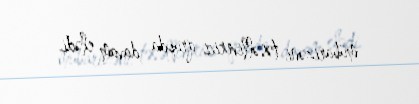
mübarizəni təsəlliverici qrupda davam elədi.